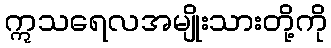
ဣသရေလအမျိုးသားတို့ကို